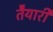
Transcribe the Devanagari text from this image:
तैेयारी